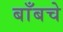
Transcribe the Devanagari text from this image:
बाँबचे